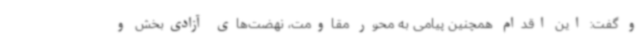
و گفت: این اقدام همچنین پیامی به محور مقاومت، نهضت‌های آزادی‌بخش و